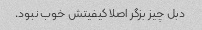
دبل چیز بزگر اصلا کیفیتش خوب نبود.